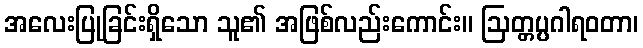
အလေးပြုခြင်းရှိသော သူ၏ အဖြစ်လည်းကောင်း။ ဩတ္တပ္ပဂါရဝတာ၊